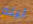
ليتم